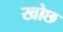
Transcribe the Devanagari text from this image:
खोछ